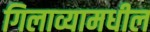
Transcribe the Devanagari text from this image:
गिलाव्यामधील